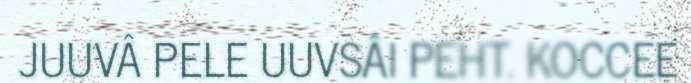
JUUVÂ PELE UUVSÂI PEHT. KOCCEE